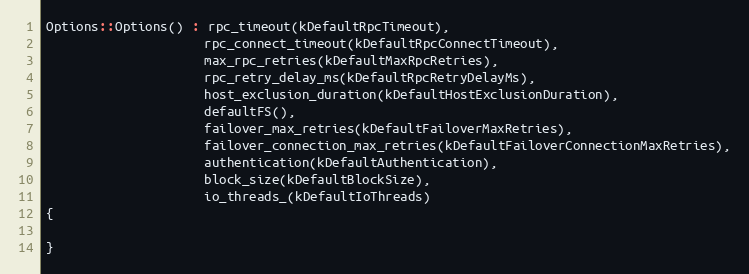
Language: C++
Options::Options() : rpc_timeout(kDefaultRpcTimeout),
                     rpc_connect_timeout(kDefaultRpcConnectTimeout),
                     max_rpc_retries(kDefaultMaxRpcRetries),
                     rpc_retry_delay_ms(kDefaultRpcRetryDelayMs),
                     host_exclusion_duration(kDefaultHostExclusionDuration),
                     defaultFS(),
                     failover_max_retries(kDefaultFailoverMaxRetries),
                     failover_connection_max_retries(kDefaultFailoverConnectionMaxRetries),
                     authentication(kDefaultAuthentication),
                     block_size(kDefaultBlockSize),
                     io_threads_(kDefaultIoThreads)
{

}